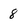
Character: 8